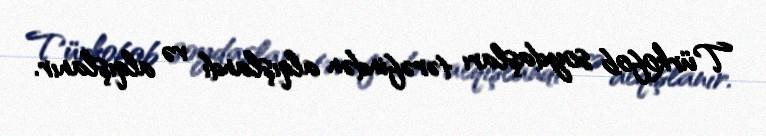
Türkofob soydaşları tərəfindən alqışlandı və alqışlanır.